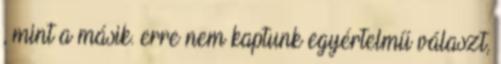
, mint a másik. erre nem kaptunk egyértelmű választ,